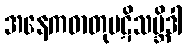
အနေကဓာတုပဋိသမ္ဘိဒါ